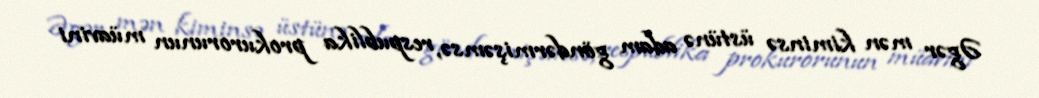
Əgər mən kiminsə üstünə adam göndərmişəmsə, respublika prokurorunun müavini